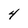
Character: 4